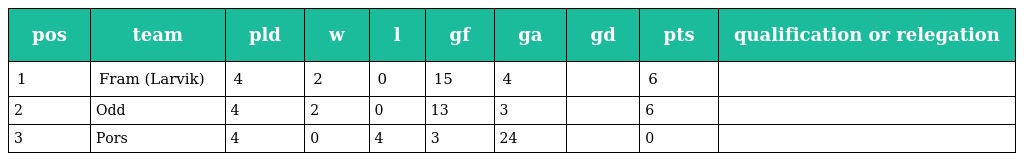
| pos | team | pld | w | l | gf | ga | gd | pts | qualification or relegation |
 | --- | --- | --- | --- | --- | --- | --- | --- | --- | --- |
 | 1 | Fram (Larvik) | 4 | 2 | 0 | 15 | 4 |  | 6 |  |
 | 2 | Odd | 4 | 2 | 0 | 13 | 3 |  | 6 |  |
 | 3 | Pors | 4 | 0 | 4 | 3 | 24 |  | 0 |  |